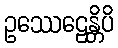
ဥဿေဠေန္တိပိ